Report of the Indian Hemp Drugs Commission, 1894-1895 - Volume VI
Year: 1894
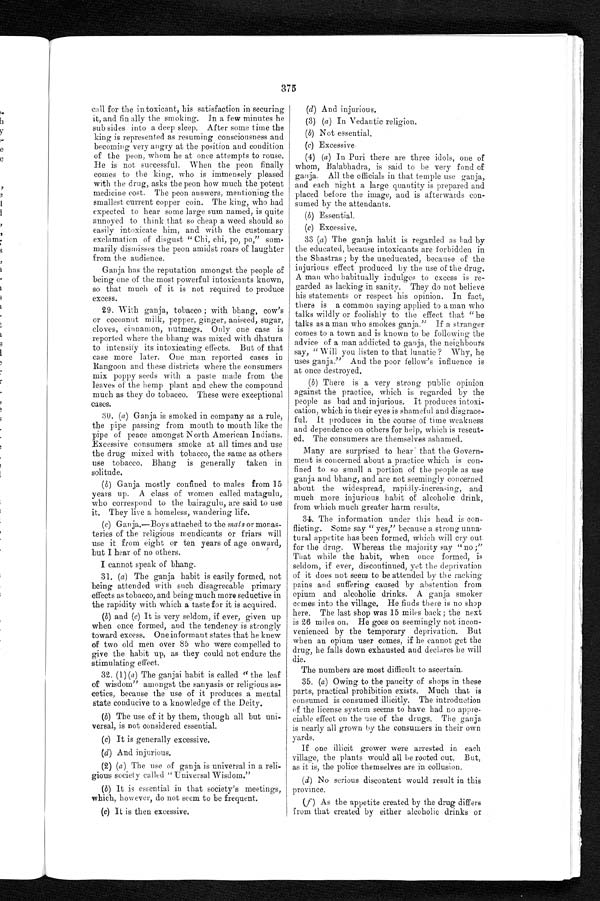
376
call for the intoxicant, his satisfaction in securing
it, and fin ally the smoking. In a few minutes he
sub sides into a deep sleep. After some time the
king is represented as resuming consciousness and
becoming very angry at the position and condition
of the peon, whom he at once attempts to rouse.
He is not successful. When the peon finally
comes to the king, who is immensely pleased
with the drug, asks the peon how much the potent
medicine cost. The peon answers, mentioning the
smallest current copper coin. The king, who had
expected to hear some large sum named, is quite
annoyed to think that so cheap a weed should so
easily intoxicate him, and with the customary
exclamation of disgust " Chi, chi, po, po," sum
- m a r i l y d i s m i s s e s t h e p e o n a m i d s t r o a r s o f l a u g h t e r
from the audience.
Ganja has the reputation amongst the people of
being one of the most powerful intoxicants known,
so that much of it is not required to produce
excess.
29. With ganja, tobacco ; with bhang, cow's
or cocoanut milk, pepper, ginger, aniseed, sugar,
cloves, cinnamon, nutmegs. Only one case is
reported where the bhang was mixed with dhatura
to intensify its intoxicating effects. But of that
case more later. One man reported cases in
Rangoon and these districts where the consumers
mix poppy seeds with a paste made from the
leaves of the hemp plant and chew the compound
much as they do tobacco. These were exceptional
cases.
30. (a) Ganja is smoked in company as a rule,
the pipe passing from mouth to mouth like the
pipe of peace amongst North American Indians.
Excessive consumers smoke at all times and use
the drug mixed with tobacco, the same as others
use tobacco, Bhang is generally taken in
solitude.
(b) Ganja mostly confined to males from 15
years up. A class of women called matagulu,
who correspond to the bairagulu, are said to use
it. They live a homeless, wandering life.
(c) Ganja.—Boys attached to the mats or monas
- t e r i e s o f t h e r e l i g i o u s m e n d i c a n t s o r f r i a r s w i l l
use it from eight or ten years of age onward,
but I hear of no others.
I cannot speak of bhang.
31. (a) The ganja habit is easily formed, not
being attended with such disagreeable primary
effects as tobacco, and being much more seductive in
the rapidity with which a taste for it is acquired.
(b) and (c) It is very seldom, if ever, given up
when once formed, and the tendency is strongly
toward excess. One informant states that he knew
of two old men over 85 who were compelled to
give the habit up, as they could not endure the
stimulating effect.
32. (1) (a) The ganjai habit is called "the leaf
of wisdom" amongst the sanyasis or religious as-
cetics, because the use of it produces a mental
state conducive to a knowledge of the Deity.
(b) The use of it by them, though all but uni
-versal, is not considered essential.
(c) It is generally excessive.
(d) And injurious.
(2) (a) The use of ganja is universal in a reli
-gious society called " Universal Wisdom."
(b) It is essential in that society's meetings,
which, however, do not seem to be frequent.
( c ) I t i s t hen ex c es s i v e.
(d) And injurious.
(3) (a) In Vedantic religion.
(b) Not essential.
(c) Excessive
(4) (a) In Puri there are three idols, one of
whom, Balabhadra, is said to be very fond of
ganja. All the officials in that temple use ganja,
and each night a large quantity is prepared and
placed before the image, and is afterwards con
- s u m e d b y t h e a t t e n d a n t s .
(b) Essential.
(c) Excessive.
33 (a) The ganja habit is regarded as bad by
the educated, because intoxicants are forbidden in
the Shastras ; by the uneducated, because of the
injurious effect produced by the use of the drug.
A man who habitually indulges to excess is re
-garded as lacking in sanity. They do not believe
his statements or respect his opinion. In fact,
there is a common saying applied to a man who
talks wildly or foolishly to the effect that "he
talks as a man who smokes ganja." If a stranger
comes to a town and is known to be following the
advice of a man addicted to ganja, the neighbours
say, " Will you listen to that lunatic ? Why, he
uses ganja." And the poor fellow's influence is
at once destroyed.
(b) There is a very strong public opinion
against the practice, which is regarded by the
people as bad and injurious. It produces intoxi
-cation, which in their eyes is shameful and disgrace
-ful. It produces in the course of time weakness
and dependence on others for help, which is resent
- e d . T h e c o n s u m e r s a r e t h e m s e l v e s a s h a m e d .
Many are surprised to hear that the Govern
-ment is concerned about a practice which is con
-fined to so small a portion of the people as use
ganja and bhang, and are not seemingly concerned
about the widespread, rapidly-increasing, and
much more injurious habit of alcoholic drink,
from which much greater harm results.
34. The information under this head is con
-flicting. Some say " yes," because a strong unna
- t u r a l a p p e t i t e h a s b e e n f o r m e d , w h i c h w i l l c r y o u t
for the drug. Whereas the majority say " no ;"
That while the habit, when once formed, is
seldom, if ever, discontinued, yet the deprivation
of it does not seem to be attended by the racking
pains and suffering caused by abstention from
opium and alcoholic drinks. A ganja smoker
comes into the village. He finds there is no shop
here. The last shop was 15 miles back ; the next
is 26 miles on. He goes on seemingly not incon
-venienced by the temporary deprivation. But
when an opium user comes, if he cannot get the
drug, he falls down exhausted and declares he will
die.
The numbers are most difficult to ascertain.
35. (a) Owing to the paucity of shops in these
parts, practical prohibition exists. Much that is
consumed is consumed illicitly. The introduction
of the license system seems to have had no appre
-ciable effect on the use of the drugs. The ganja
is nearly all grown by the consumers in their own
yards.
If one illicit grower were arrested in each
village, the plants would all be rooted out. But,
as it is, the police themselves are in collusion.
(d) No serious discontent would result in this
province.
(f) As the appetite created by the drug differs
from that created by either alcoholic drinks or